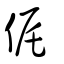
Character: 侂